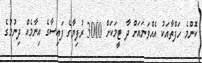
ކޮންމެ ހަފްތާއަކު އެއްވަނައަށް ދާ ޓީމަކަށް 3000 ރުފިޔާގެ ފައިސާގެ އިނާމެއް ދިނުމުގެ